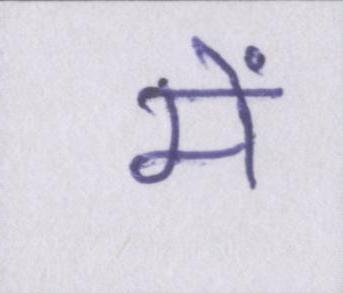
में